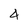
Character: 4